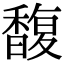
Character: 馥